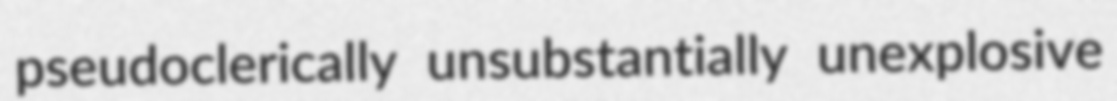
pseudoclerically unsubstantially unexplosive